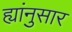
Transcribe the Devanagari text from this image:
ह्यांनुसार